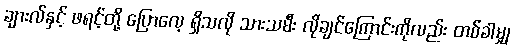
ချားလ်နှင့် ဖရင့်တို့ ပြောလေ့ ရှိသလို သားသမီး လိုချင်ကြောင်းကိုလည်း တစ်ခါမျှ